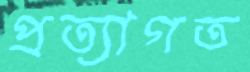
প্রত্যাগত